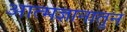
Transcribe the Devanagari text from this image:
आत्मज्ञानातुन